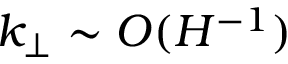
k _ { \perp } \sim O ( H ^ { - 1 } )